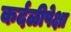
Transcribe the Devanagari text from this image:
कर्दळीपेक्षा